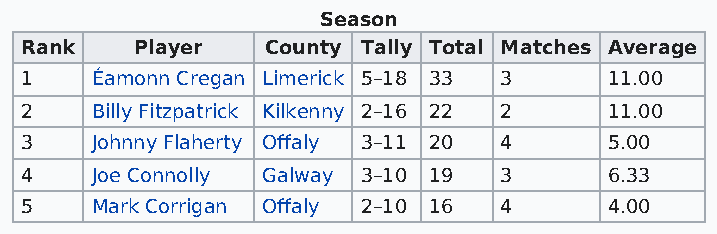
Season
 Rank    Player   County Tally Total Matches Average
 1    Éamonn Cregan Limerick 5–18 33 3  11.00
 2    Billy Fitzpatrick Kilkenny 2–16 22 2 11.00
 3    Johnny Flaherty Offaly 3–11 20 4  5.00
 4    Joe Connolly Galway 3–10 19 3     6.33
 5    Mark Corrigan Offaly 2–10 16 4    4.00